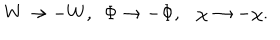
W \rightarrow - W , ~ ~ \Phi \rightarrow - \Phi , \chi \rightarrow - \chi .